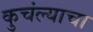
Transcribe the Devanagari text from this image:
कुचंल्याचा